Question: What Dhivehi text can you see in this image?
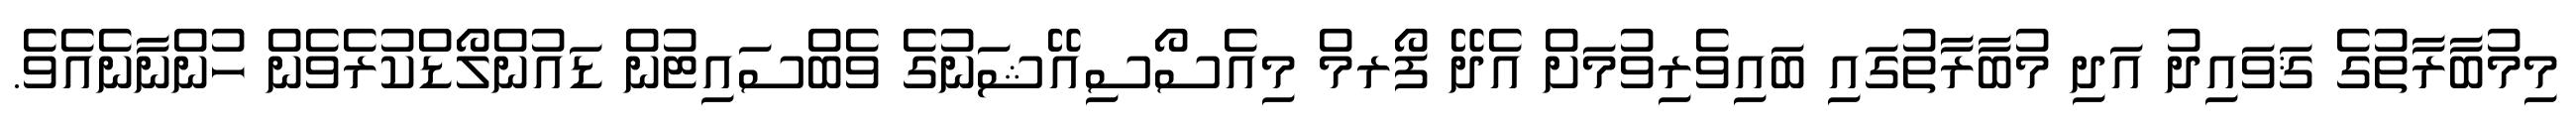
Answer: މިމުބާރާތުގެ ޤަވައިދު އަދި މުބާރާތުގައި ބައިވެރިވުމަށް އެދޭ ފޯރމް މިއެސޯސިއޭޝަނުގެ ވެބްސައިޓުން ޑައުންލޯޑްކުރެވެން ހުންނާނެއެވެ.